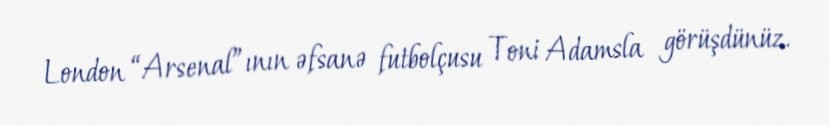
London “Arsenal”ının əfsanə futbolçusu Toni Adamsla görüşdünüz.